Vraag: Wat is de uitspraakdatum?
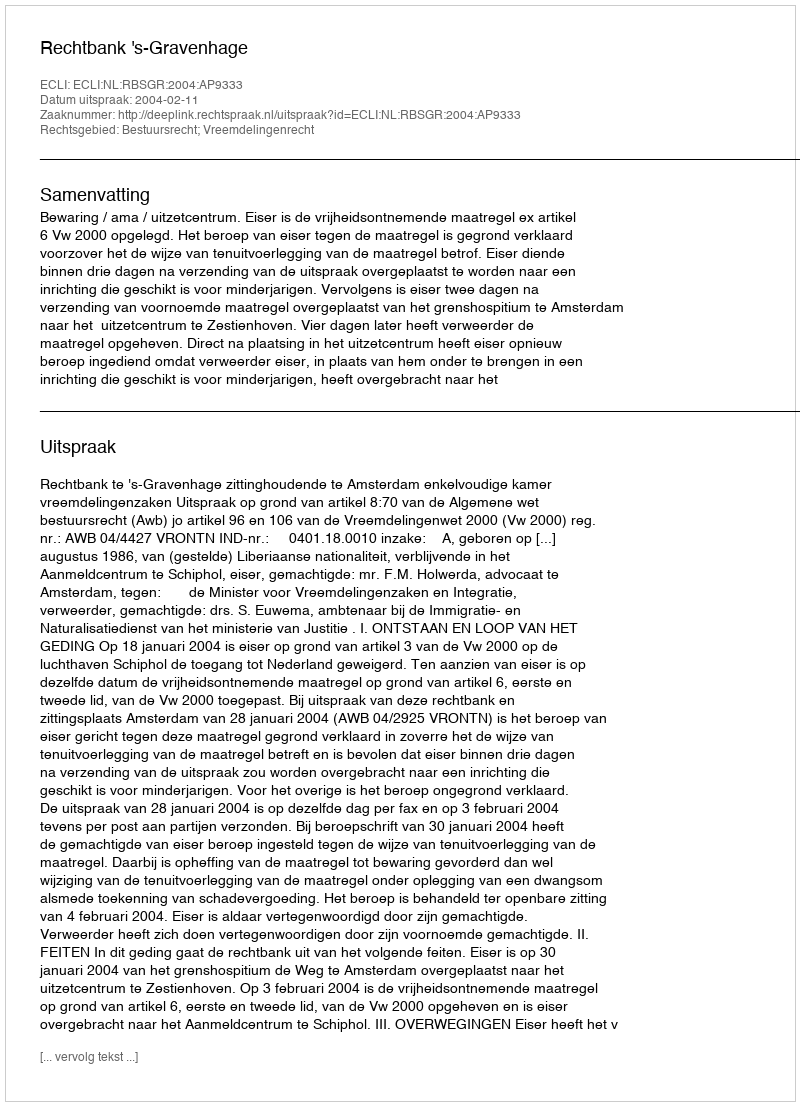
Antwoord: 2004-02-11